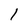
Character: 1